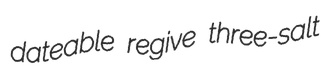
dateable regive three-salt